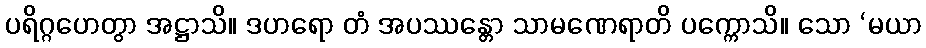
ပရိဂ္ဂဟေတွာ အဋ္ဌာသိ။ ဒဟရော တံ အပဿန္တော သာမဏေရာတိ ပက္ကောသိ။ သော ‘မယာ